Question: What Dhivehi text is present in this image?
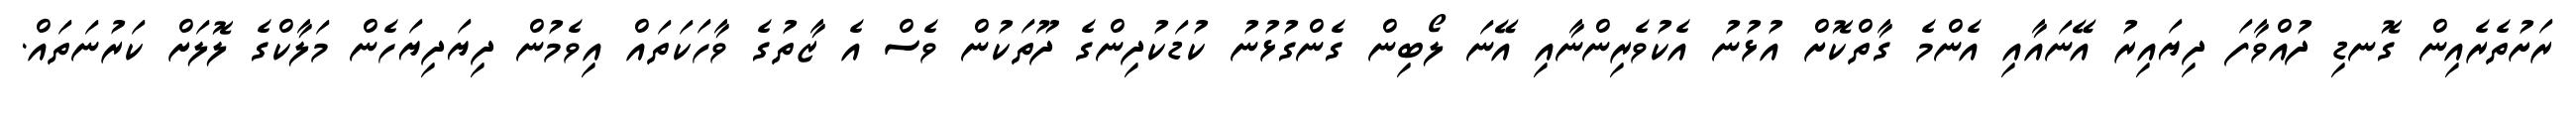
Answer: ރަށުތެރެއިން ގޮނޑި ދުއްވާފަ ދިޔައިރު އޭނައާއި އެންމެ ގާތްކޮށް އުޅުނު އެކުވެރިންނާއި އޭނަ ލޯބިން ގެންގުޅުނު ކުޑަކުދިންގެ ދޫތަކުން ވެސް އެ ޒާތުގެ ވާހަކަތައް އިވެމުން ދިޔަދިޔަހެން މަލާކްގެ ލޮލަށް ކަރުނަތައް.